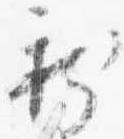
新